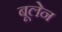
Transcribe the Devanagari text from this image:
बूलेन